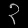
Digit: ၃